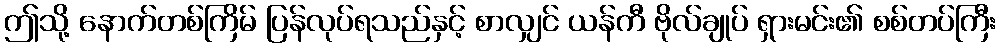
ဤသို့ နောက်တစ်ကြိမ် ပြန်လုပ်ရသည်နှင့် စာလျှင် ယန်ကီ ဗိုလ်ချုပ် ရှားမင်း၏ စစ်တပ်ကြီး